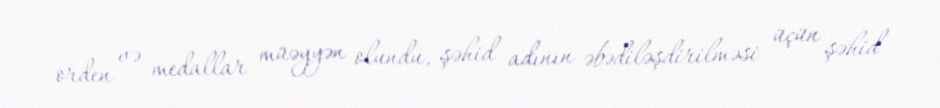
orden və medallar müəyyən olundu, şəhid adının əbədiləşdirilməsi üçün şəhid